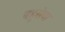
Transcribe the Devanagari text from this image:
बहुसेवा